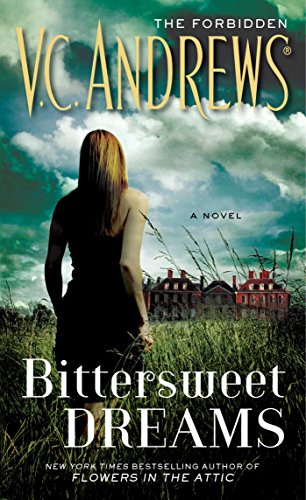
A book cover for Bittersweet Dreams (Forbidden); V.C. Andrews; Literature & Fiction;